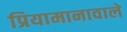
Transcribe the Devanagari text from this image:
प्रियामानावाले